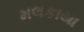
મલકાયા